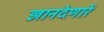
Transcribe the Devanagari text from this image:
ज्ञानदेणारें